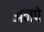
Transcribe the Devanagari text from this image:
अनपे